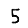
Digit: 5